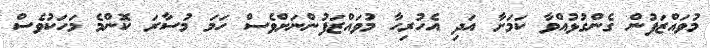
މުވައްޒަފުން ގެންގުޅުއްވާ ކަމަށާ އަދި އެހުރިހާ މުވައްޒަފުންނަށްވެސް ހަމަ މުސާރަ ކޮންމެ މަހަކުވެސް